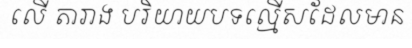
លើ តារាង បរិយាយបទល្មើសដែលមាន